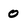
Character: 0